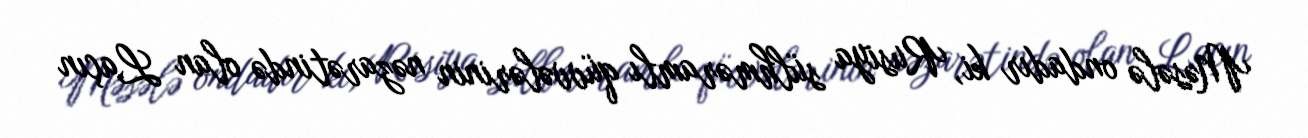
Məsələ ondadır ki, Rusiya sülhməramlı qüvvələrinin nəzarətində olan Laçın